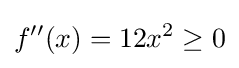
f''(x)=12x^{2}\geq 0